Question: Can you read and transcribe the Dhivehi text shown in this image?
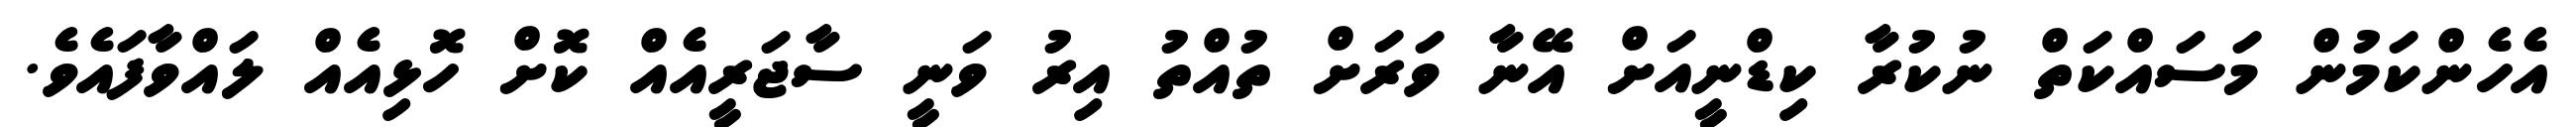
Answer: އެހެންކަމުން މަސައްކަތް ނުކުރާ ކިޑްނީއަށް އޭނާ ވަރަށް ތުއްތު އިރު ވަނީ ސާޖަރީއެއް ކޮށް ހޮޅިއެއް ލައްވާފައެވެ.